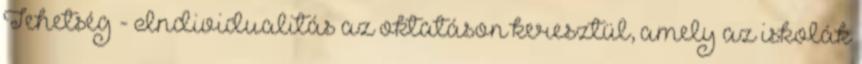
Tehetség - Individualitás az oktatáson keresztül, amely az iskolák